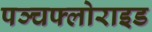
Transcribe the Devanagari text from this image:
पञ्चफ्लोराइड